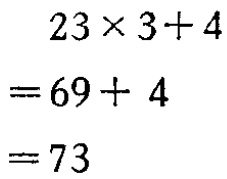
\[
\begin{align*}
&23\times3 + 4\\
=&69 + 4\\
=&73
\end{align*}
\]